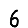
Digit: 6